Leningradi_Edasi_toimetus, lk 13
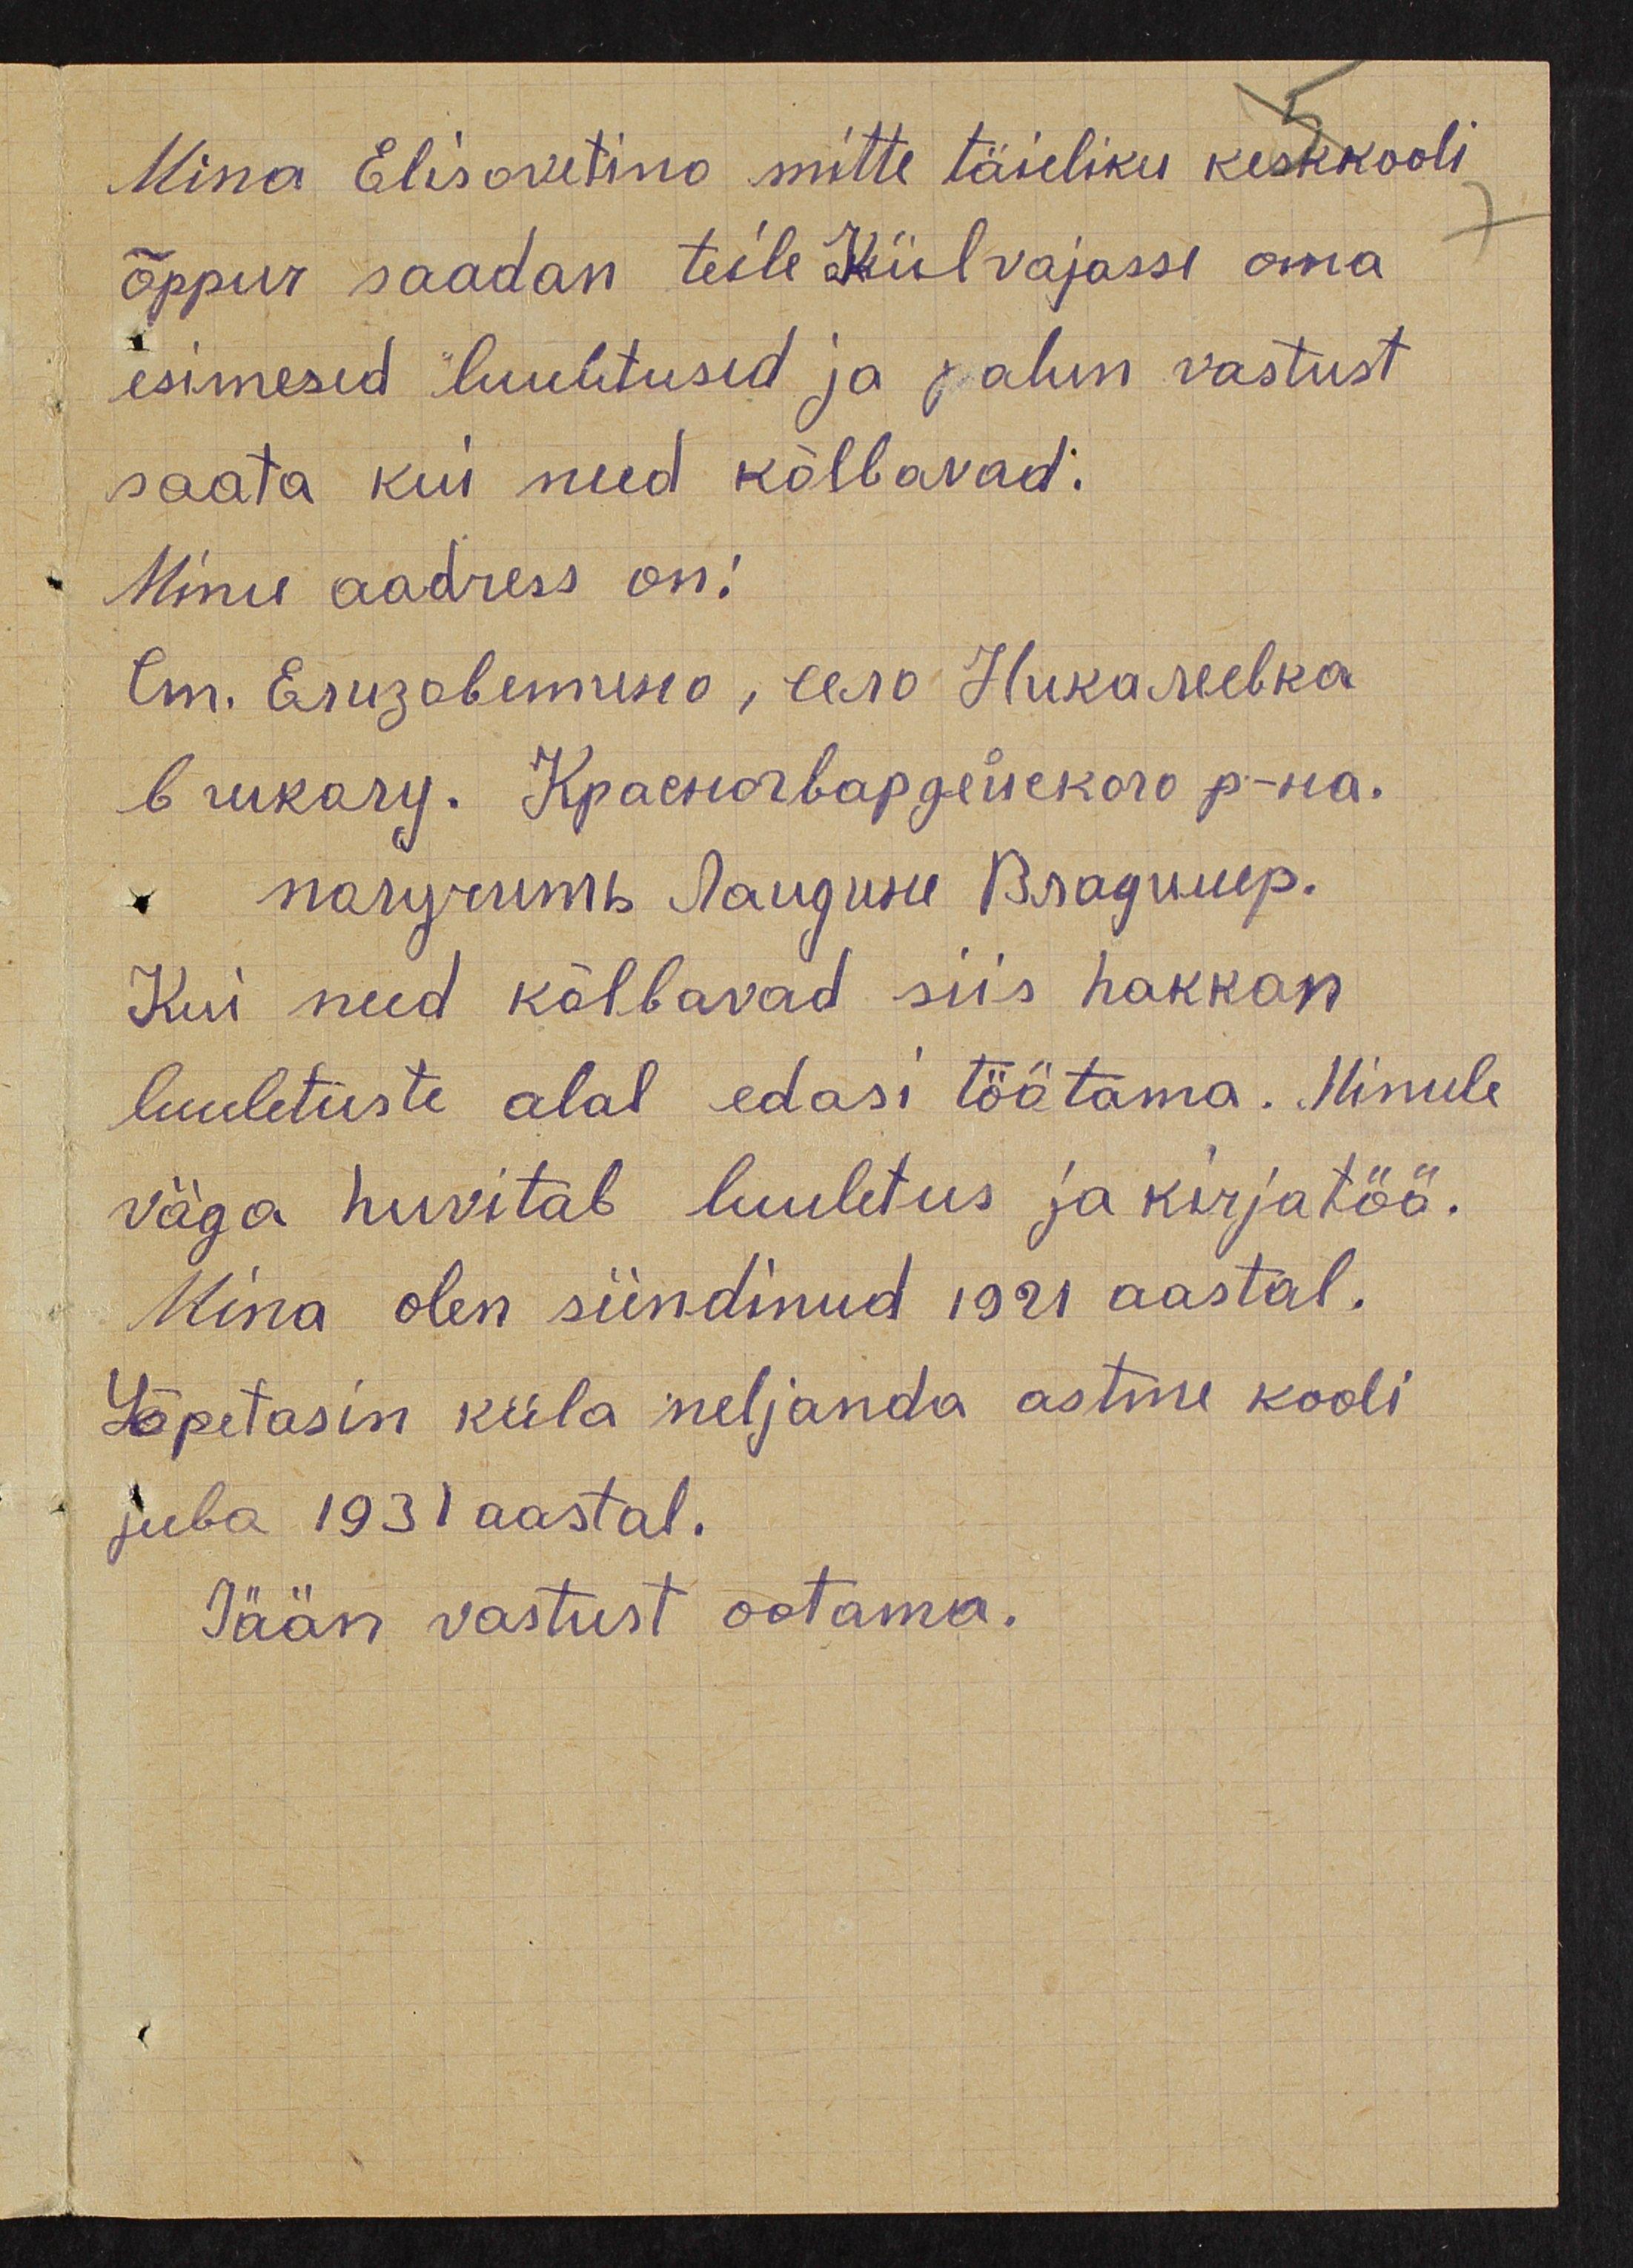
Mina Elisovetino mitte täieliku keskkooli
õppur saadan teile Külvajasse oma
esimesed luuletused ja palun vastust
saata kui need kõlbavad:
Minu aadress on:
Ст. Елизоветино, село Никалеевка
в школу. Красногвардейского р-на.
пагучить Лаидине Владимер.
Kui need kõlbavad siis hakkan
luuletuste alal edasi töötama. Minule
väga huvitab luuletus ja kirjatöö.
Mina olen sündinud 1921 aastal.
Lõpetasin küla neljanda astme kooli
juba 1931 aastal.
Jään vastust ootama.